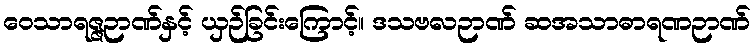
ဝေသာရဇ္ဇဉာဏ်နှင့် ယှဉ်ခြင်းကြောင့်။ ဒသဗလဉာဏ် ဆအသာဓာရဏဉာဏ်